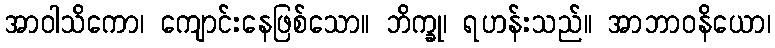
အာဝါသိကော၊ ကျောင်းနေဖြစ်သော။ ဘိက္ခု၊ ရဟန်းသည်။ အာဘာဝနိယော၊